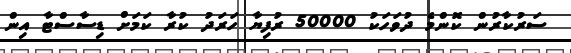
ސަރުކާރުން ކޮންމެ ދުވަހަކު 50000 ރުފިޔާ ހަރަދު ކުރާ ކަމަށް ޑިސާސްޓާ އިން